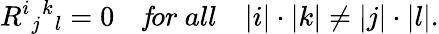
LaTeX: R^{i}{}_{j}{}^{k}{}_{l}=0\quad{\mathit for\ all}\quad|i|\cdot|k|\ne|j|\cdot|l|.